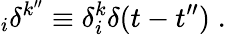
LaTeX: _{i}\delta^{k^{\prime\prime}}\equiv\delta_{i}^{k}\delta(t-t^{\prime\prime})\; .